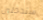
ستدخلين